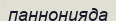
паннонияда